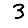
Digit: 3